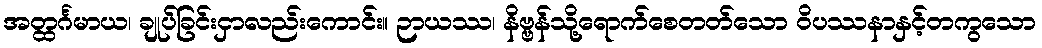
အတ္ထင်္ဂမာယ၊ ချုပ်ခြင်းငှာလည်းကောင်း။ ဉာယဿ၊ နိဗ္ဗန်သို့ရောက်စေတတ်သော ဝိပဿနာနှင့်တကွသော